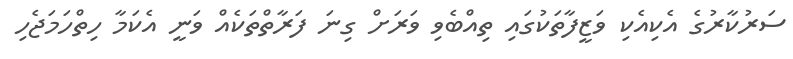
ސަރުކާރުގެ އެކިއެކި ވަޒީފާތަކުގައި ތިއްބެވި ވަރަށް ގިނަ ފަރާތްތަކެއް ވަނީ އެކަމާ ހިތްހަމަޖެހި